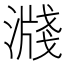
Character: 𣽖